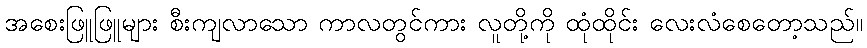
အစေးဖြူဖြူများ စီးကျလာသော ကာလတွင်ကား လူတို့ကို ထုံထိုင်း လေးလံစေတော့သည်။